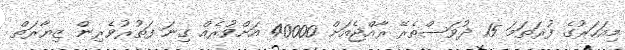
މިއަހަރުގެ ފުރަތަމަ 15 ދުވަސްތެރޭ ރާއްޖެއަށް 40000 އަށްވުރެއް ގިނަ ފަތުރުވެރިން ޒިޔާރަތް